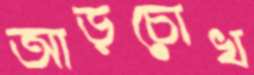
আড়চোখ